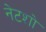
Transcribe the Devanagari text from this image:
नेटशो